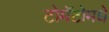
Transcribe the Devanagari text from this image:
टोमॅटोमधे